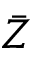
\bar { Z }